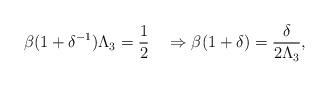
LaTeX: \begin{align*}\beta(1+\delta^{-1}) \Lambda_3 = \frac12 \quad\Rightarrow\beta (1+\delta) = \frac{\delta}{2\Lambda_3},\end{align*}